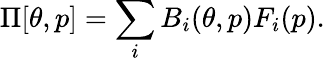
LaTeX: \Pi[\theta,p]=\sum_{i}B_{i}(\theta,p)F_{i}(p).